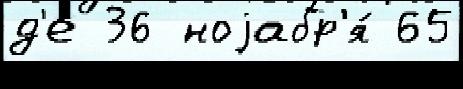
д'е 36 ноjабр'я́ 65